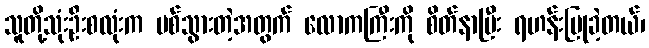
သူတို့သုံးဦးစလုံးက ပစ်သွားတဲ့အတွက် လောကကြီးကို စိတ်နာပြီး ရဟန်းပြုခဲ့တယ်၊